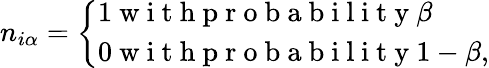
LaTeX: n_{i\alpha}=\left\{ \begin{array}{ll}{1\mathrm{~w~i~t~h~p~r~o~b~a~b~i~l~i~t~y~}\beta}\\ {0\mathrm{~w~i~t~h~p~r~o~b~a~b~i~l~i~t~y~}1-\beta,}\end{array}\right.